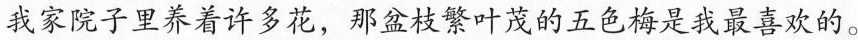
我家院子里养着许多花，那盆枝繁叶茂的五色梅是我最喜欢的。